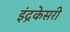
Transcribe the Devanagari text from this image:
इंद्रकेसरी